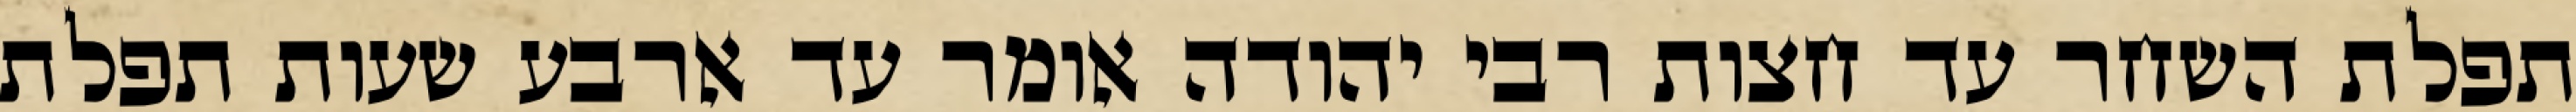
תפלת השחר עד חצות רבי יהודה אומר עד ארבע שעות תפלת